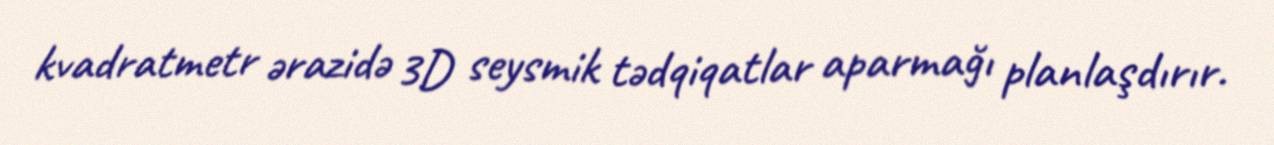
kvadratmetr ərazidə 3D seysmik tədqiqatlar aparmağı planlaşdırır.